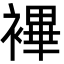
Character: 襅